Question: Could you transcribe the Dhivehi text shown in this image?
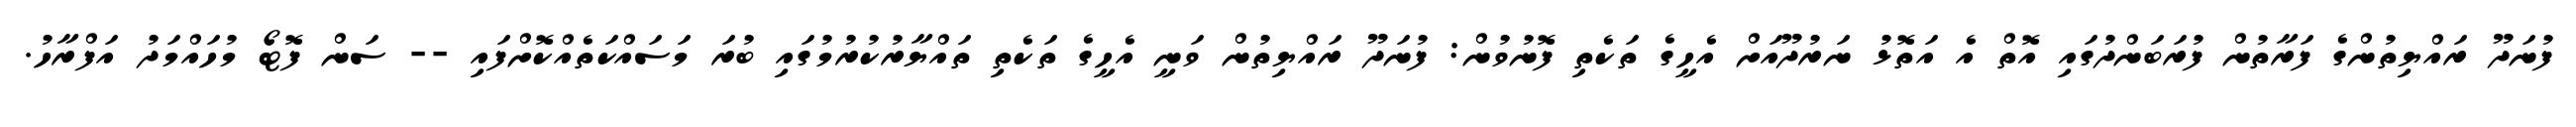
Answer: ފުނަދޫ ރައްޔިތުންގެ ފަރާތުން ފުރަބަންދުގައި އޮތް އެ އަތޮޅު ނަރުދޫއަށް އެހީގެ ތަކެތި ފޮނުވުން: ފުނަދޫ ރައްޔިތުން ވަނީ އެހީގެ ތަކެތި ތައްޔާރުކުރުމުގައި ބުރަ މަސައްކަތެއްކޮށްފައި -- ސަން ފޮޓޯ މުހައްމަދު އަފްރާހު.